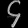
Digit: ၄